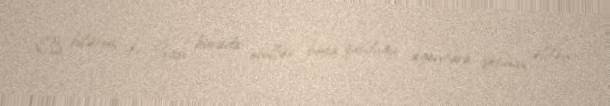
Ola bilərmi ki, İran burada onillər boyu qurduğu agentura setinin əldən